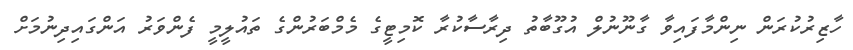
ހާޒިރުކުރަން ނިންމާފައިވާ ގާނޫނުލް އުގޫބާތު ދިރާސާކުރާ ކޮމިޓީގެ މެމްބަރުންގެ ތައުލީމީ ފެންވަރު އަންގައިދިނުމަށް